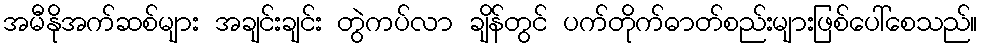
အမီနိုအက်ဆစ်များ အချင်းချင်း တွဲကပ်လာ ချိန်တွင် ပက်တိုက်ဓာတ်စည်းများဖြစ်ပေါ်စေသည်။